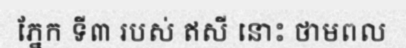
ភ្នែក ទី៣ របស់ ឥសី នោះ ថាមពល